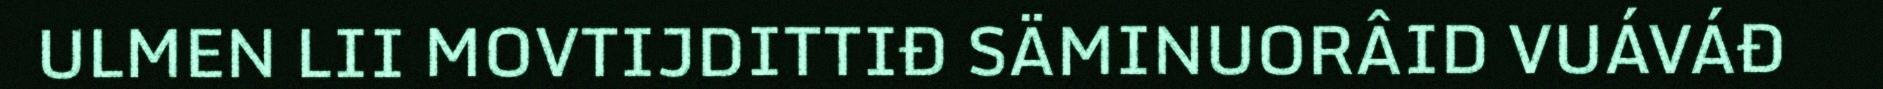
ULMEN LII MOVTIJDITTIĐ SÄMINUORÂID VUÁVÁĐ